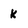
Character: k